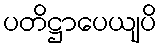
ပတိဋ္ဌာပေယျပိ